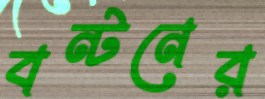
বন্টনের